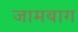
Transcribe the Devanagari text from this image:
जामबाग